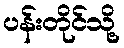
ပန်းတိုင်သို့